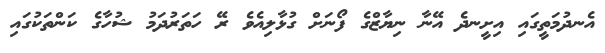
އެނދުމަތީގައި އިށީނދެ އޭނާ ނިޔާޒްގެ ފޯނަށް ގުޅާލިއެވެ ރޭ ހަތަރުދަމު ޝުހާގެ ކަންތަކުގައި